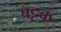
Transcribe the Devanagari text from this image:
बट्टक